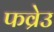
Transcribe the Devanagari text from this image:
फव्रेउ